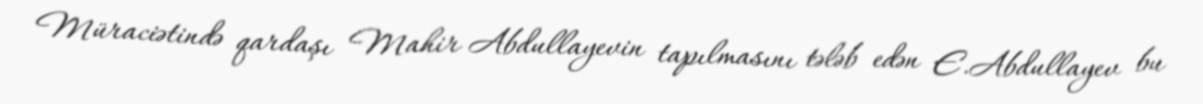
Müraciətində qardaşı Mahir Abdullayevin tapılmasını tələb edən E.Abdullayev bu